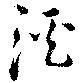
溪